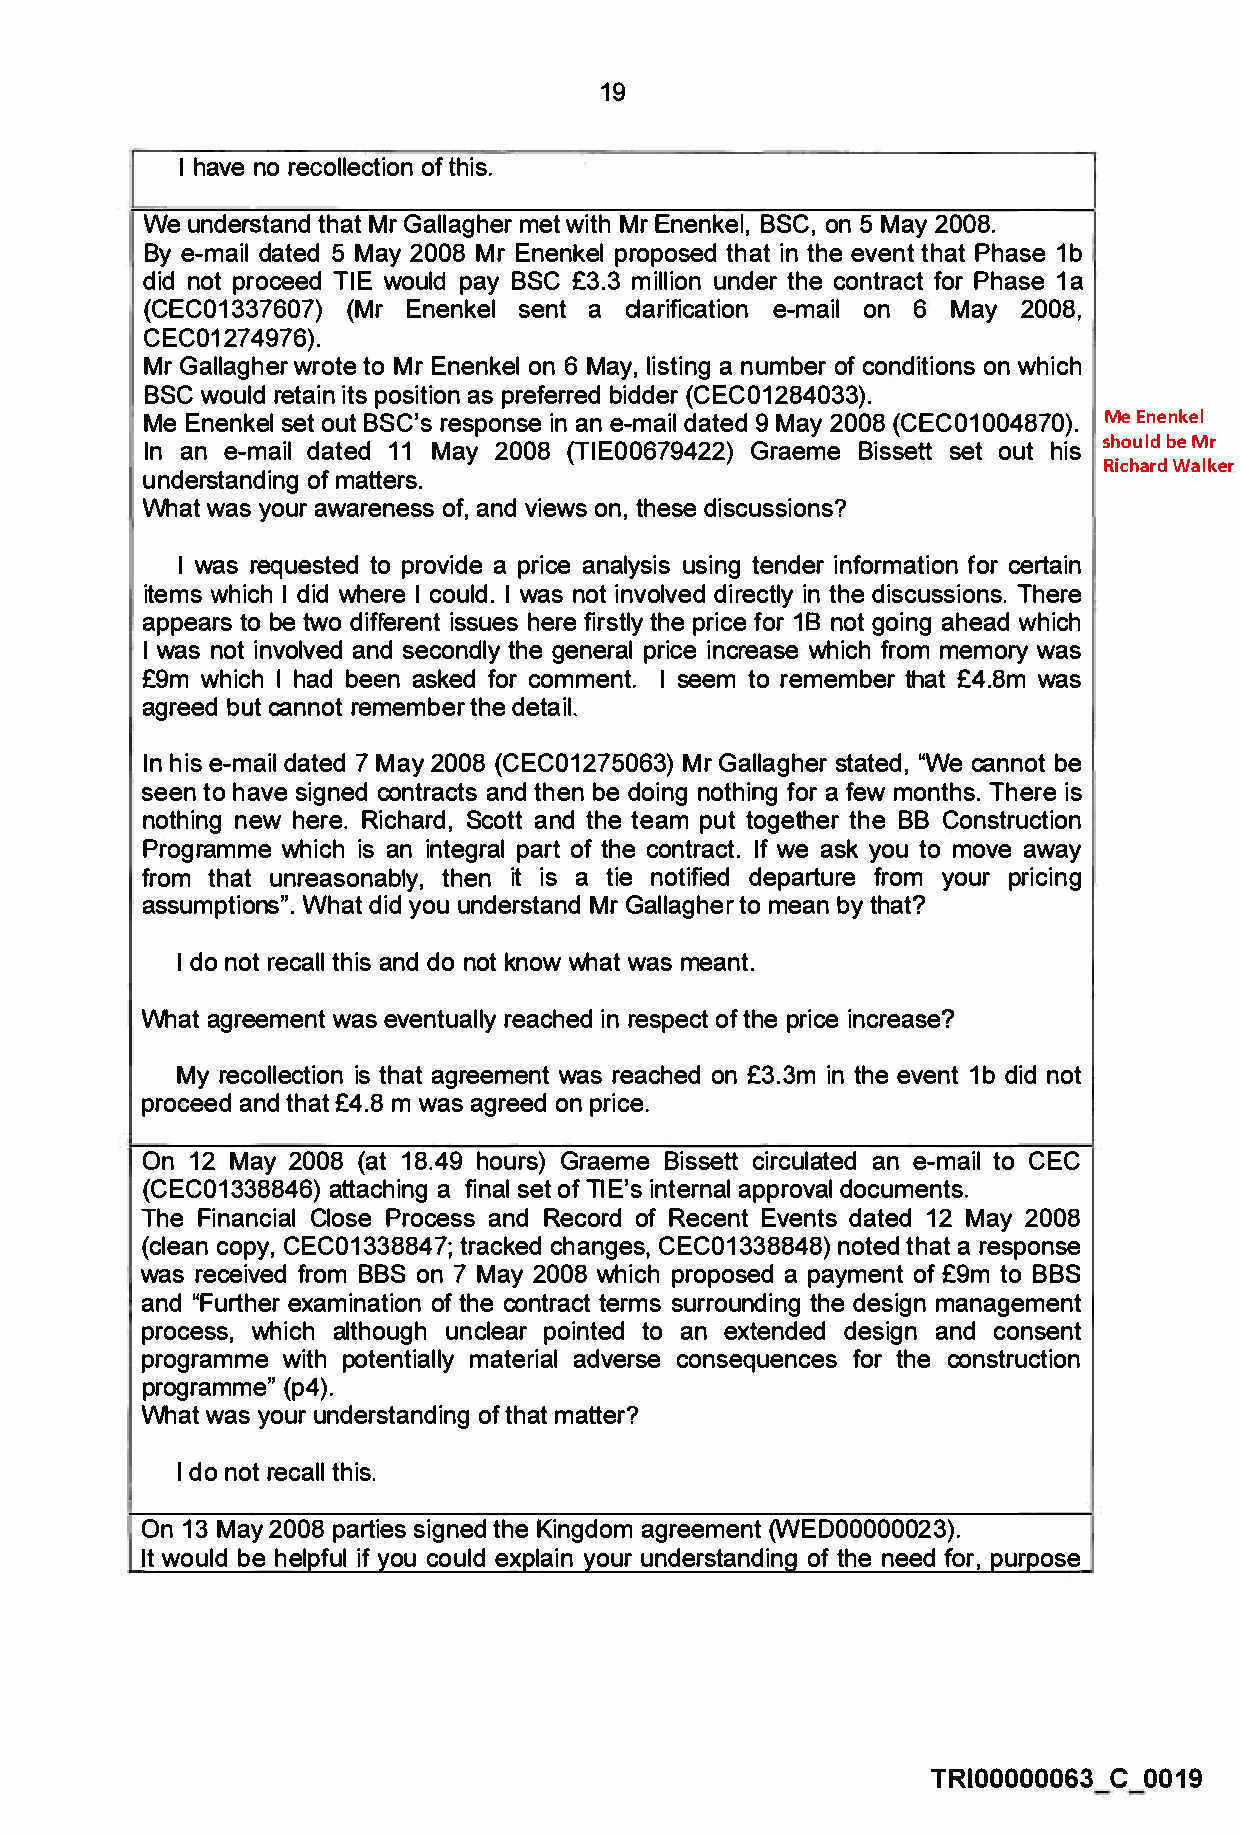
19
 I have no recollection of this.
 We understand that Mr Gallagher met with MrEnenkel, BSC, on 5 May 2008.
 By e-mail dated 5 May 2008 Mr Enenkel proposed that in the event that Phase 1 b
 did not proceed TIE would pay BSC £3.3 million under the contract for Phase 1a
 (CEC01337607) (Mr Enenkel sent a clarification e-mail on 6 May 2008,
 CEC0127 4976).
 Mr Gallagher wrote to Mr Enenkel on 6 May, listing a number of conditions on which
 BSC would retain its position as preferred bidder (CEC01284033).
 Me Enenkel set out BSC's response in an e-mail dated 9 May 2008 (CEC01004870). Me Enenkel
 should be Mr
 In an e-mail dated 11 May 2008 (TIE00679422) Graeme Bissett set out his
 Richard Walker
 understanding of matters.
 What was your awareness of, and views on, these discussions?
 I was requested to provide a price analysis using tender information for certain
 items which I did where I could. I was not involved directly in the discussions. There
 appears to be two different issues here firstly the price for 18 not going ahead which
 I was not involved and secondly the general price increase which from memory was
 £9m which I had been asked for comment. I seem to remember that £4.8m was
 agreed but cannot remember the detail.
 In his e-mail dated 7 May 2008 (CEC01275063) Mr Gallagher stated, "We cannot be
 seen to have signed contracts and then be doing nothing for a few months. There is
 nothing new here. Richard, Scott and the team put together the BB Construction
 Programme which is an integral part of the contract. If we ask you to move away
 from that unreasonably, then it is a tie notified departure from your pricing
 assumptions". What did you understand Mr Gallagher to mean by that?
 I do not recall this and do not know what was meant.
 What agreement was eventually reached in respect of the price increase?
 My recollection is that agreement was reached on £3.3m in the event 1 b did not
 proceed and that £4.8 m was agreed on price.
 On 12 May 2008 (at 18.49 hours) Graeme Bissett circulated an e-mail to CEC
 (CEC01338846) attaching a final set of Tl E's internal approval documents.
 The Financial Close Process and Record of Recent Events dated 12 May 2008
 (clean copy, CEC01338847; tracked changes, CEC01338848) noted that a response
 was received from BBS on 7 May 2008 which proposed a payment of £9m to BBS
 and "Further examination of the contract terms surrounding the design management
 process, which although unclear pointed to an extended design and consent
 programme with potentially material adverse consequences for the construction
 programme" (p4).
 What was your understanding of that matter?
 I do not recall this.
 On 13 May 2008 parties signed the Kingdom agreement (WED00000023).
 It would be helpful if you could explain your understanding of the need for, purpose
 TRI00000063 C 0019